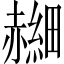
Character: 𫎰